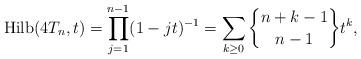
LaTeX: \begin{gather*}{\rm Hilb}(4T_{n},t)=\prod_{j=1}^{n-1}(1-jt)^{-1}=\sum_{k \ge 0} {n+k-1 \brace n-1} t^{k}, \end{gather*}